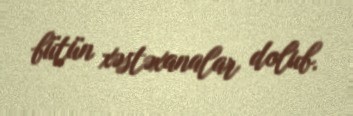
bütün xəstəxanalar dolub.